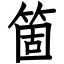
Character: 箇